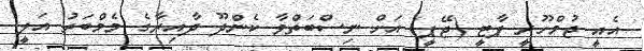
އެއީ ޖުމްހޫރީ ޕާޓީ (ޖޭޕީ) އަށް ނިސްބަތްވާ ކެންދޫ ދާއިރާގެ މެމްބަރު އަލީ